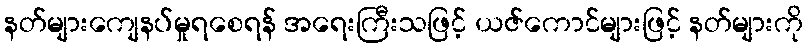
နတ်များကျေနပ်မှုရစေရန် အရေးကြီးသဖြင့် ယဇ်ကောင်များဖြင့် နတ်များကို